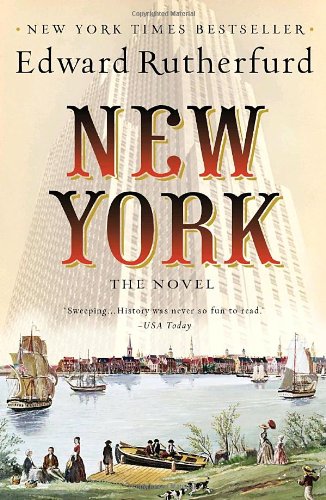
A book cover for New York: The Novel; Edward Rutherfurd; Literature & Fiction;